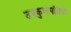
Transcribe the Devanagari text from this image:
उपकुलपतियों